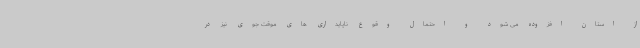
از استان افزوده می شود و احتمال وقوع ناپایداری های موقت جوی نیز در